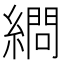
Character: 𦄞